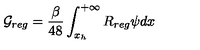
{ \cal G } _ { r e g } = { \frac { \beta } { 4 8 } } \int _ { x _ { h } } ^ { + \infty } R _ { r e g } \psi d x